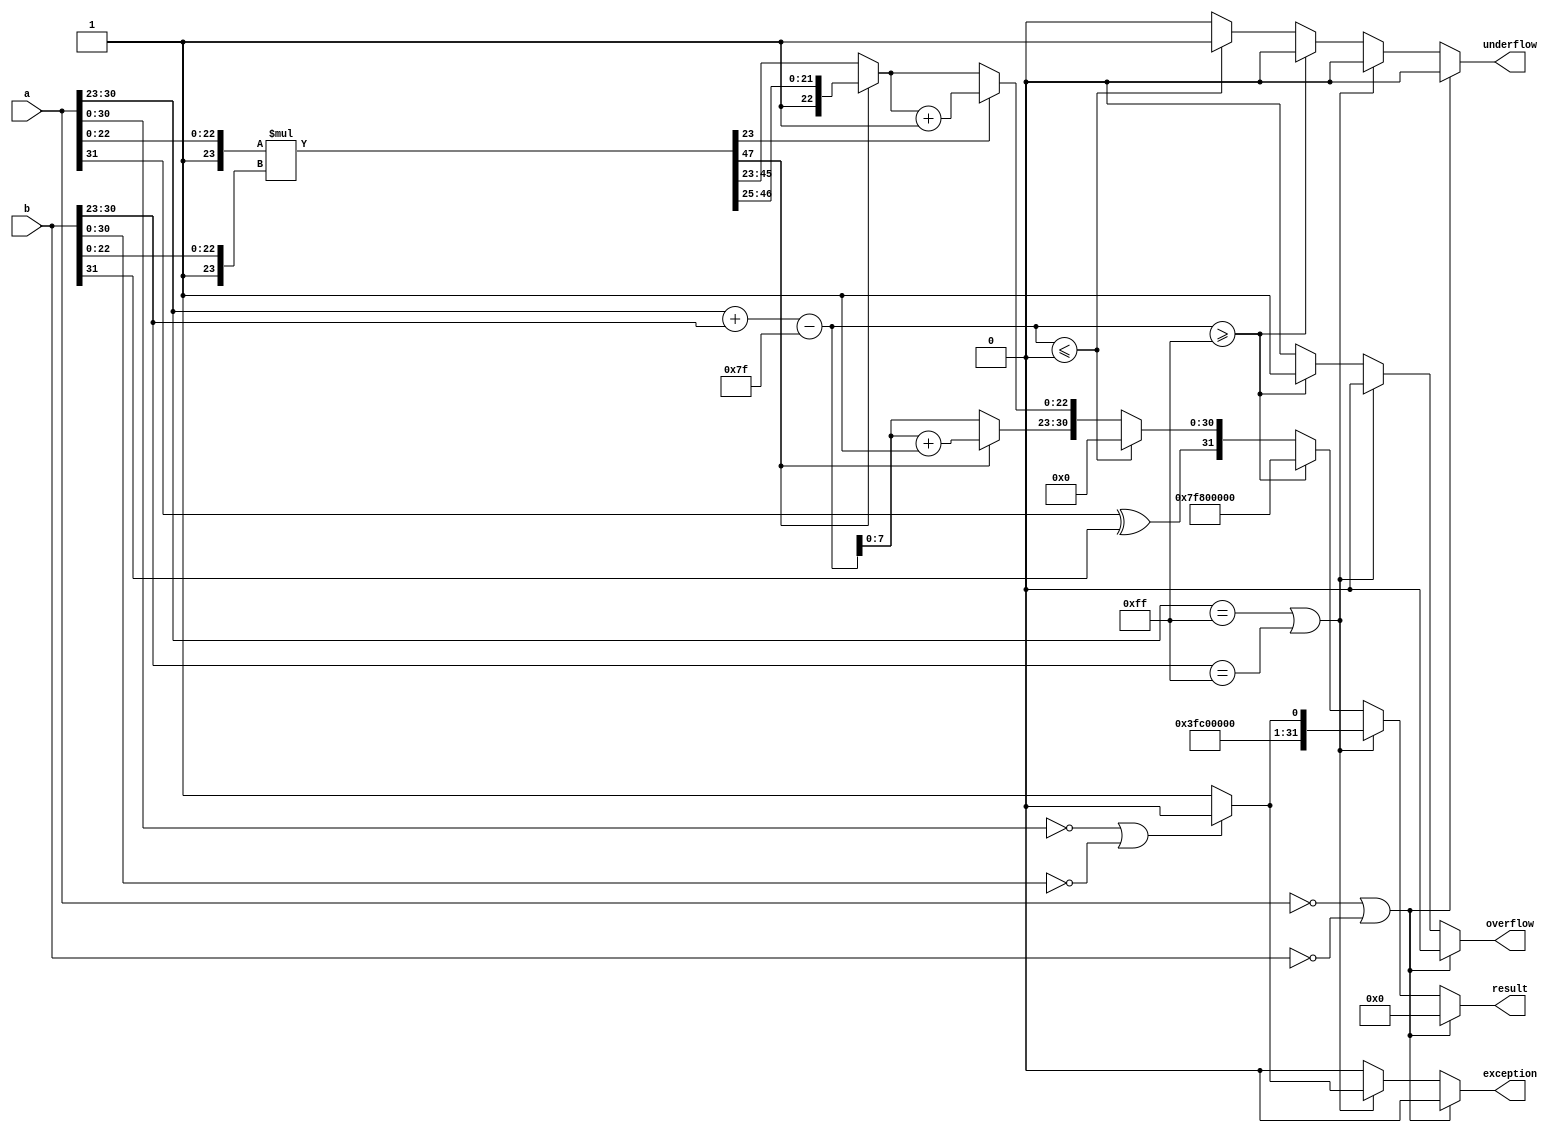
module floating_point_multiplier (
    input [31:0] a,         // Input floating-point number a
    input [31:0] b,         // Input floating-point number b
    output reg [31:0] result, // Output floating-point result
    output reg overflow,     // Overflow flag
    output reg underflow,    // Underflow flag
    output reg exception     // Exception flag
);

    // Constants
    localparam EXPONENT_BIAS = 127;
    localparam EXPONENT_MAX = 255; // 2^8 - 1
    localparam EXPONENT_MIN = 1;   // Denormalized numbers have exponent 0
    localparam MANTISSA_WIDTH = 23;
    localparam MANTISSA_SIZE = 24; // Including implicit leading bit

    // Internal signals
    wire sign_a = a[31];
    wire sign_b = b[31];
    wire [7:0] exp_a = a[30:23];
    wire [7:0] exp_b = b[30:23];
    wire [MANTISSA_SIZE-1:0] mant_a = {1'b1, a[22:0]}; // Implicit leading 1
    wire [MANTISSA_SIZE-1:0] mant_b = {1'b1, b[22:0]}; // Implicit leading 1

    wire [MANTISSA_SIZE*2-1:0] mant_product; // 48 bits for mantissa product
    wire [8:0] exp_result; // 9 bits to hold the exponent sum and bias adjustment
    wire [MANTISSA_SIZE-1:0] mantissa_normalized;
    wire [7:0] exp_normalized;

    // Multiplication of mantissas
    assign mant_product = mant_a * mant_b;

    // Calculate the result exponent
    assign exp_result = exp_a + exp_b - EXPONENT_BIAS;

    // Normalization logic
    always @(*) begin
        overflow = 0;
        underflow = 0;
        exception = 0;
        result = 32'b0;

        // Handle special cases
        if (a == 32'b0 || b == 32'b0) begin
            result = 32'b0; // Zero case
        end else if (exp_a == EXPONENT_MAX || exp_b == EXPONENT_MAX) begin
            // Check for NaN or Infinity
            if (a[30:0] == 31'b0 || b[30:0] == 31'b0) begin
                result = {sign_a ^ sign_b, EXPONENT_MAX, 23'b0}; // Infinity
            end else begin
                result = {1'b1, EXPONENT_MAX, 23'b1}; // NaN
                exception = 1;
            end
        end else if (exp_result >= EXPONENT_MAX) begin
            // Overflow case
            overflow = 1;
            result = {sign_a ^ sign_b, EXPONENT_MAX, 23'b0}; // Infinity
        end else if (exp_result <= 0) begin
            // Underflow case
            underflow = 1;
            result = {sign_a ^ sign_b, 8'b0, 23'b0}; // Denormalized or zero
        end else begin
            // Normalization
            if (mant_product[MANTISSA_SIZE*2-1]) begin
                // If the product is greater than or equal to 2, shift right
                mantissa_normalized = mant_product[MANTISSA_SIZE*2-1:MANTISSA_SIZE] >> 1;
                exp_normalized = exp_result + 1;
            end else begin
                // If the product is less than 2, no shift needed
                mantissa_normalized = mant_product[MANTISSA_SIZE*2-2:MANTISSA_SIZE-1];
                exp_normalized = exp_result;
            end

            // Rounding (round to nearest even)
            if (mant_product[MANTISSA_SIZE-1]) begin
                mantissa_normalized = mantissa_normalized + 1;
            end

            // Assemble the result
            result = {sign_a ^ sign_b, exp_normalized[7:0], mantissa_normalized[MANTISSA_WIDTH-1:0]};
        end
    end
endmodule